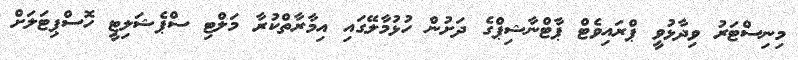
މިނިސްޓަރު ވިދާޅުވީ ޕްރައިވެޓް ޕާޓްނާޝިޕްގެ ދަށުން ހުޅުމާލޭގައި އިމާރާތްކުރާ މަލްޓި ސްޕެޝަލިޓީ ހޮސްޕިޓަލަށް